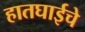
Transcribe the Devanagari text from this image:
हातघाईचे